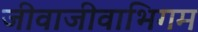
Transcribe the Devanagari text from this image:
जीवाजीवाभिगम